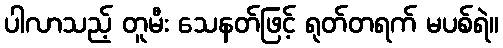
ပါလာသည့် တူမီး သေနတ်ဖြင့် ရုတ်တရက် မပစ်ရဲ။